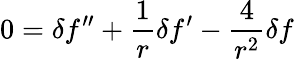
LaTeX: \displaystyle{0=\delta f^{\prime\prime}+\frac{1}{r}\delta f^{\prime}-\frac{4}{r^{2}}\delta f}